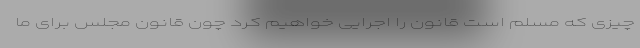
چیزی که مسلم است قانون را اجرایی خواهیم کرد چون قانون مجلس برای ما